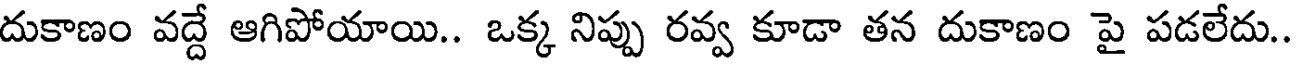
దుకాణం వద్దే ఆగిపోయాయి.. ఒక్క నిప్పు రవ్వ కూడా తన దుకాణం పై పడలేదు..